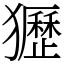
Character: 㺡